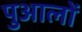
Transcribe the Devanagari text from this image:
पुआलों